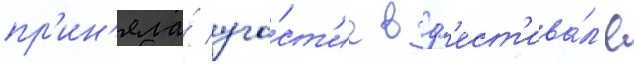
пр'ин'яла́ уча́ст'ие в ф'ест'ива́л'е